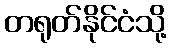
တရုတ်နိုင်ငံသို့